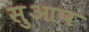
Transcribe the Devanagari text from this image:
सुआप